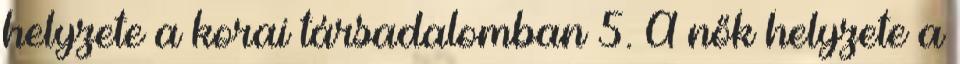
helyzete a korai társadalomban 5. A nők helyzete a